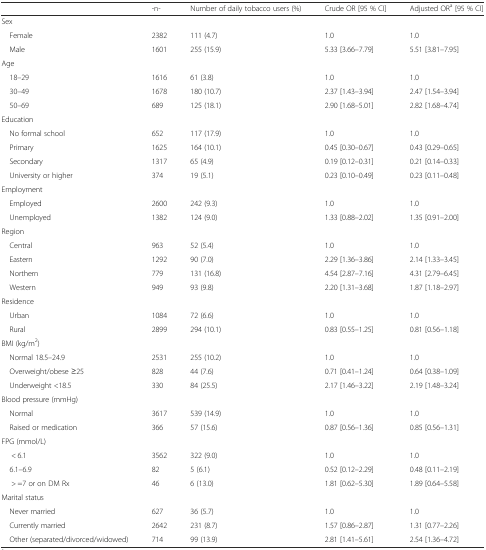
<table><thead><tr><td></td><td><b>-n-</b></td><td><b>Number of daily tobacco users (%)</b></td><td><b>Crude OR [95 % CI]</b></td><td><b>Adjusted OR<sup>a</sup> [95 % CI]</b></td></tr></thead><tbody><tr><td colspan="5">Sex</td></tr><tr><td> Female</td><td>2382</td><td>111 (4.7)</td><td>1.0</td><td>1.0</td></tr><tr><td> Male</td><td>1601</td><td>255 (15.9)</td><td>5.33 [3.66–7.79]</td><td>5.51 [3.81–7.95]</td></tr><tr><td colspan="5">Age</td></tr><tr><td> 18–29</td><td>1616</td><td>61 (3.8)</td><td>1.0</td><td>1.0</td></tr><tr><td> 30–49</td><td>1678</td><td>180 (10.7)</td><td>2.37 [1.43–3.94]</td><td>2.47 [1.54–3.94]</td></tr><tr><td> 50–69</td><td>689</td><td>125 (18.1)</td><td>2.90 [1.68–5.01]</td><td>2.82 [1.68–4.74]</td></tr><tr><td colspan="5">Education</td></tr><tr><td> No formal school</td><td>652</td><td>117 (17.9)</td><td>1.0</td><td>1.0</td></tr><tr><td> Primary</td><td>1625</td><td>164 (10.1)</td><td>0.45 [0.30–0.67]</td><td>0.43 [0.29–0.65]</td></tr><tr><td> Secondary</td><td>1317</td><td>65 (4.9)</td><td>0.19 [0.12–0.31]</td><td>0.21 [0.14–0.33]</td></tr><tr><td> University or higher</td><td>374</td><td>19 (5.1)</td><td>0.23 [0.10–0.49]</td><td>0.23 [0.11–0.48]</td></tr><tr><td colspan="5">Employment</td></tr><tr><td> Employed</td><td>2600</td><td>242 (9.3)</td><td>1.0</td><td>1.0</td></tr><tr><td> Unemployed</td><td>1382</td><td>124 (9.0)</td><td>1.33 [0.88–2.02]</td><td>1.35 [0.91–2.00]</td></tr><tr><td colspan="5">Region</td></tr><tr><td> Central</td><td>963</td><td>52 (5.4)</td><td>1.0</td><td>1.0</td></tr><tr><td> Eastern</td><td>1292</td><td>90 (7.0)</td><td>2.29 [1.36–3.86]</td><td>2.14 [1.33–3.45]</td></tr><tr><td> Northern</td><td>779</td><td>131 (16.8)</td><td>4.54 [2.87–7.16]</td><td>4.31 [2.79–6.45]</td></tr><tr><td> Western</td><td>949</td><td>93 (9.8)</td><td>2.20 [1.31–3.68]</td><td>1.87 [1.18–2.97]</td></tr><tr><td colspan="5">Residence</td></tr><tr><td> Urban</td><td>1084</td><td>72 (6.6)</td><td>1.0</td><td>1.0</td></tr><tr><td> Rural</td><td>2899</td><td>294 (10.1)</td><td>0.83 [0.55–1.25]</td><td>0.81 [0.56–1.18]</td></tr><tr><td colspan="5">BMI (kg/m<sup>2</sup>)</td></tr><tr><td> Normal 18.5–24.9</td><td>2531</td><td>255 (10.2)</td><td>1.0</td><td>1.0</td></tr><tr><td> Overweight/obese ≥25</td><td>828</td><td>44 (7.6)</td><td>0.71 [0.41–1.24]</td><td>0.64 [0.38–1.09]</td></tr><tr><td> Underweight &lt;18.5</td><td>330</td><td>84 (25.5)</td><td>2.17 [1.46–3.22]</td><td>2.19 [1.48–3.24]</td></tr><tr><td colspan="5">Blood pressure (mmHg)</td></tr><tr><td> Normal</td><td>3617</td><td>539 (14.9)</td><td>1.0</td><td>1.0</td></tr><tr><td> Raised or medication</td><td>366</td><td>57 (15.6)</td><td>0.87 [0.56–1.36]</td><td>0.85 [0.56–1.31]</td></tr><tr><td colspan="5">FPG (mmol/L)</td></tr><tr><td>&lt; 6.1</td><td>3562</td><td>322 (9.0)</td><td>1.0</td><td>1.0</td></tr><tr><td> 6.1–6.9</td><td>82</td><td>5 (6.1)</td><td>0.52 [0.12–2.29]</td><td>0.48 [0.11–2.19]</td></tr><tr><td>&gt; =7 or on DM Rx</td><td>46</td><td>6 (13.0)</td><td>1.81 [0.62–5.30]</td><td>1.89 [0.64–5.58]</td></tr><tr><td colspan="5">Marital status</td></tr><tr><td> Never married</td><td>627</td><td>36 (5.7)</td><td>1.0</td><td>1.0</td></tr><tr><td> Currently married</td><td>2642</td><td>231 (8.7)</td><td>1.57 [0.86–2.87]</td><td>1.31 [0.77–2.26]</td></tr><tr><td> Other (separated/divorced/widowed)</td><td>714</td><td>99 (13.9)</td><td>2.81 [1.41–5.61]</td><td>2.54 [1.36–4.72]</td></tr></tbody></table>